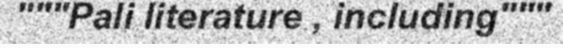
"""Pali literature , including"""